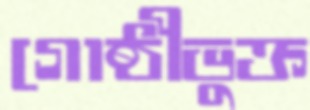
গোষ্ঠীভুক্ত